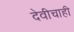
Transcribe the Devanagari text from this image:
देवीचाही